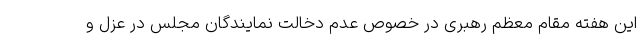
این هفته مقام معظم رهبری در خصوص عدم دخالت نمایندگان مجلس در عزل و